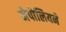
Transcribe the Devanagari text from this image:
नेपोलियने